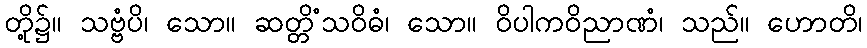
တို့၌။ သဗ္ဗံပိ၊ သော။ ဆတ္တိံသဝိဓံ၊ သော။ ဝိပါကဝိညာဏံ၊ သည်။ ဟောတိ၊